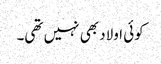
کوئی اولاد بھی نہیں تھی۔